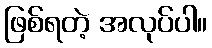
ဖြစ်ရတဲ့ အလုပ်ပါ။